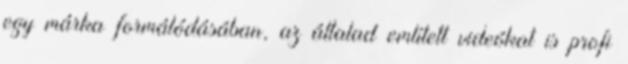
egy márka formálódásában, az általad említett videókat is profi